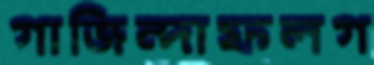
গাজিন্দাফলগ